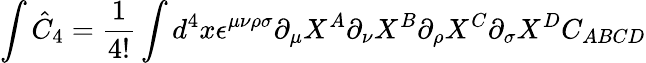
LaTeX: \int\hat{C}_{4}=\frac{1}{4!}\int d^{4}x\epsilon^{\mu\nu\rho\sigma}\partial_{\mu}X^{A}\partial_{\nu}X^{B}\partial_{\rho}X^{C}\partial_{\sigma}X^{D}C_{ABCD}